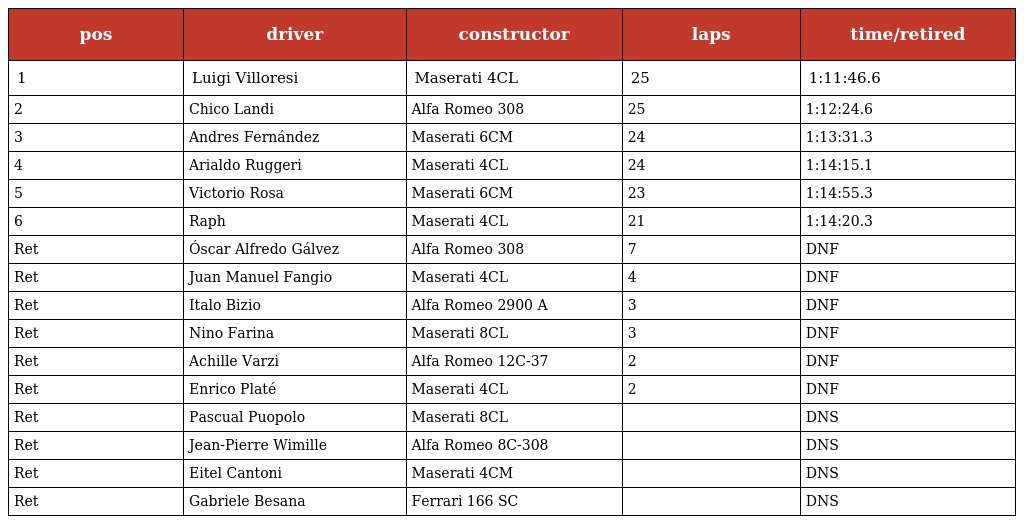
| pos | driver | constructor | laps | time/retired |
 | --- | --- | --- | --- | --- |
 | 1 | Luigi Villoresi | Maserati 4CL | 25 | 1:11:46.6 |
 | 2 | Chico Landi | Alfa Romeo 308 | 25 | 1:12:24.6 |
 | 3 | Andres Fernández | Maserati 6CM | 24 | 1:13:31.3 |
 | 4 | Arialdo Ruggeri | Maserati 4CL | 24 | 1:14:15.1 |
 | 5 | Victorio Rosa | Maserati 6CM | 23 | 1:14:55.3 |
 | 6 | Raph | Maserati 4CL | 21 | 1:14:20.3 |
 | Ret | Óscar Alfredo Gálvez | Alfa Romeo 308 | 7 | DNF |
 | Ret | Juan Manuel Fangio | Maserati 4CL | 4 | DNF |
 | Ret | Italo Bizio | Alfa Romeo 2900 A | 3 | DNF |
 | Ret | Nino Farina | Maserati 8CL | 3 | DNF |
 | Ret | Achille Varzi | Alfa Romeo 12C-37 | 2 | DNF |
 | Ret | Enrico Platé | Maserati 4CL | 2 | DNF |
 | Ret | Pascual Puopolo | Maserati 8CL |  | DNS |
 | Ret | Jean-Pierre Wimille | Alfa Romeo 8C-308 |  | DNS |
 | Ret | Eitel Cantoni | Maserati 4CM |  | DNS |
 | Ret | Gabriele Besana | Ferrari 166 SC |  | DNS |